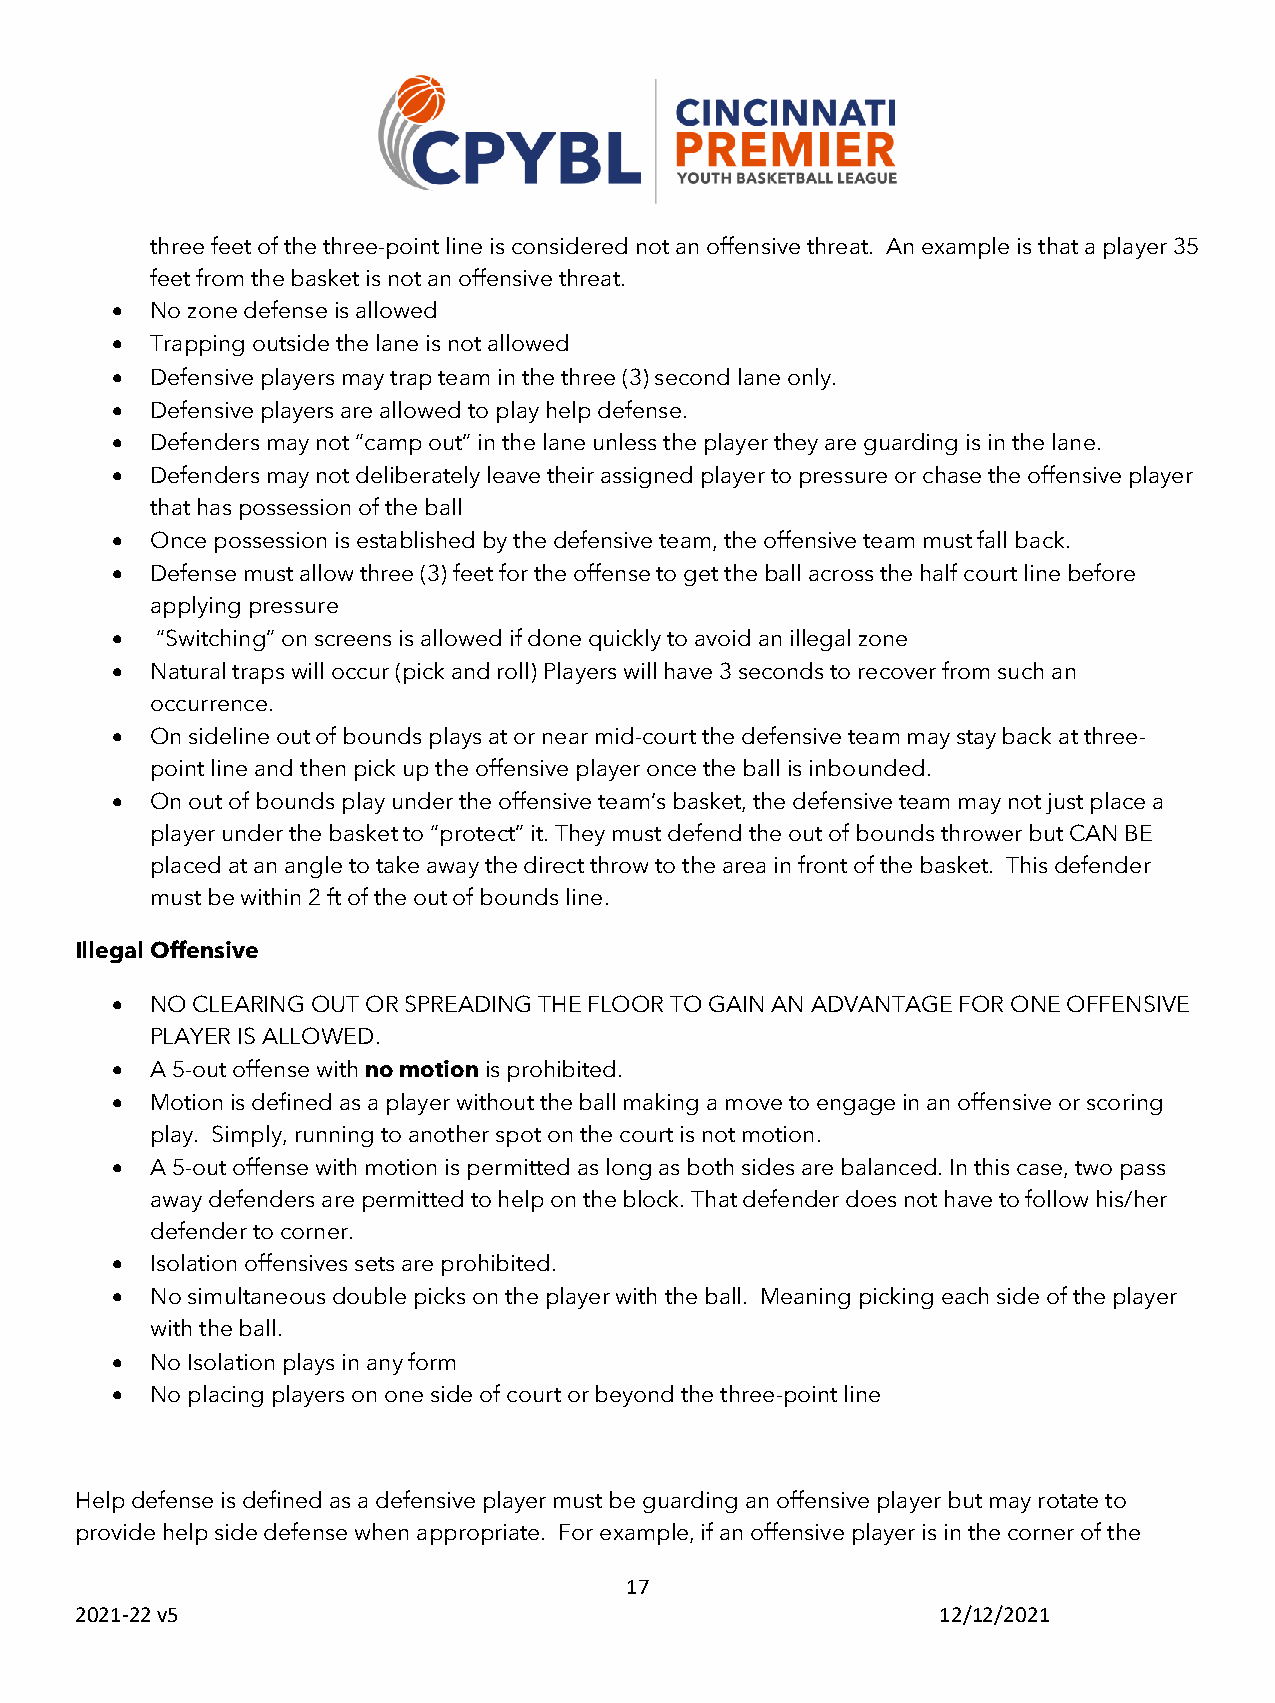
three feet of the three-point line is considered not an offensive threat. An example is that a player 35
 feet from the basket is not an offensive threat.
 •  No zone defense is allowed
 •  Trapping outside the lane is not allowed
 •  Defensive players may trap team in the three (3) second lane only.
 •  Defensive players are allowed to play help defense.
 •  Defenders may not “camp out” in the lane unless the player they are guarding is in the lane.
 •  Defenders may not deliberately leave their assigned player to pressure or chase the offensive player
 that has possession of the ball
 •  Once possession is established by the defensive team, the offensive team must fall back.
 •  Defense must allow three (3) feet for the offense to get the ball across the half court line before
 applying pressure
 •  “Switching” on screens is allowed if done quickly to avoid an illegal zone
 •  Natural traps will occur (pick and roll) Players will have 3 seconds to recover from such an
 occurrence.
 •  On sideline out of bounds plays at or near mid-court the defensive team may stay back at three-
 point line and then pick up the offensive player once the ball is inbounded.
 •  On out of bounds play under the offensive team’s basket, the defensive team may not just place a
 player under the basket to “protect” it. They must defend the out of bounds thrower but CAN BE
 placed at an angle to take away the direct throw to the area in front of the basket. This defender
 must be within 2 ft of the out of bounds line.
 Illegal Offensive
 •  NO CLEARING OUT OR SPREADING THE FLOOR TO GAIN AN ADVANTAGE FOR ONE OFFENSIVE
 PLAYER IS ALLOWED.
 •  A 5-out offense with no motion is prohibited.
 •  Motion is defined as a player without the ball making a move to engage in an offensive or scoring
 play. Simply, running to another spot on the court is not motion.
 •  A 5-out offense with motion is permitted as long as both sides are balanced. In this case, two pass
 away defenders are permitted to help on the block. That defender does not have to follow his/her
 defender to corner.
 •  Isolation offensives sets are prohibited.
 •  No simultaneous double picks on the player with the ball. Meaning picking each side of the player
 with the ball.
 •  No Isolation plays in any form
 •  No placing players on one side of court or beyond the three-point line
 Help defense is defined as a defensive player must be guarding an offensive player but may rotate to
 provide help side defense when appropriate. For example, if an offensive player is in the corner of the
 17
 2021-22 v5                                               12/12/2021